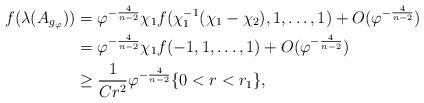
LaTeX: \begin{align*}f(\lambda(A_{g_\varphi})) &= \varphi^{-\frac{4}{n-2}}\chi_1 f(\chi_1^{-1}(\chi_1 - \chi_2),1, \ldots, 1) + O( \varphi^{-\frac{4}{n-2}})\\&= \varphi^{-\frac{4}{n-2}}\chi_1 f(-1,1, \ldots, 1) + O( \varphi^{-\frac{4}{n-2}})\\&\geq \frac{1}{Cr^2} \varphi^{-\frac{4}{n-2}} \{0 < r < r_1\},\end{align*}